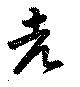
老